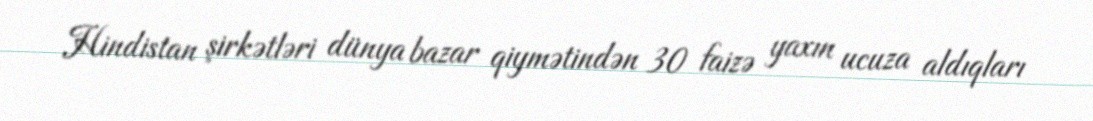
Hindistan şirkətləri dünya bazar qiymətindən 30 faizə yaxın ucuza aldıqları